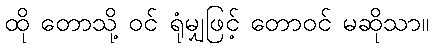
ထို တောသို့ ဝင် ရုံမျှဖြင့် တောဝင် မဆိုသာ။